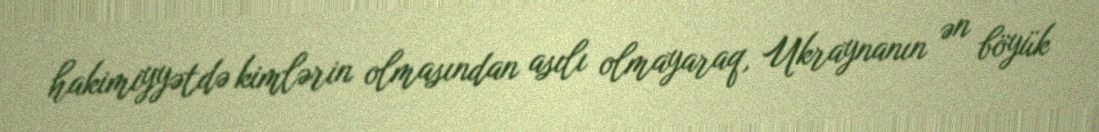
hakimiyyətdə kimlərin olmasından asılı olmayaraq, Ukraynanın ən böyük